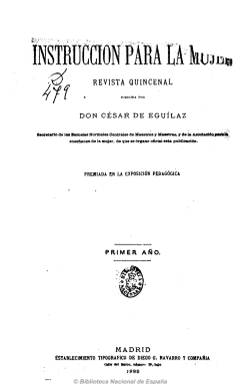
Título: Instrucción para la mujer
Colección: Revistas femeninas || Educación
Ámbito geográfico: Madrid
Lugar de publicación: Madrid
Fechas: 01/03/1882-16/02/1883

Subtitulada “revista quincenal”, salió los días 1 y 16 de cada mes, y en total aparecieron 24 números, desde el uno de marzo de 1882 al 16 de febrero de 1883. Fue fundada y dirigida por César de Eguilaz Bengoechea, que ya había dirigido El periódico de la infancia (1868-1869), secretario de las Escuelas Normales Centrales de Maestros y Maestras y de la Asociación para la Enseñanza de la Mujer, que también había fundando en 1877, junto a Fernando de Castro, y de la que la revista será su órgano oficial.

Insertada en el primer movimiento liberal emancipador, su objetivo será “contribuir a la mayor cultura de la mujer” y a su “educación moral, intelectual y artística”, abogando por la educación tanto de las burguesas como de las obreras, y reconociendo el papel de la religión en las conciencias y también el de la ciencia, cosa que la apartaba de los métodos católicos, tal como señala María José Lacalzada de Mateo, quien indica cómo a través de sus páginas se insiste en la importancia de la mujer como primera educadora de los hombres, y se felicita por su acceso a la institución universitaria.

En la revista se dan cita pedagogos vinculados a la Institución Libre de Enseñanza, como Gumersindo de Azcárate y Manuel Ruiz de Quevedo, que eran profesores de la citada asociación, y Pedro de Alcántara, así como Eduardo Ruiz García, Emilio Aguilera, Domingo Fernández Arrea, Julio de Eguilaz o la cultas Carmen Rojo Herráiz y Elvira Tamarit, entre otros.

Fue premiada en la Exposición Pedagógica de 1882, celebrada en Madrid, e incluye artículos científicos, principalmente pedagógicos, literarios, históricos, así como de arte, psicología, biografías, revistas extranjeras sobre adelantos útiles para la mujer, noticias varias, legislación, memorias, leyendas, fábulas, romances y otras composiciones poéticas, así como algunas traducciones.

Al final del único tomo de la colección, incluye un índice de sus contenidos.